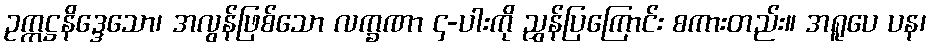
ဥက္ကဋ္ဌနိဒ္ဒေသော၊ အလွန်ဖြစ်သော လက္ခဏာ ၄-ပါးကို ညွှန်ပြကြောင်း စကားတည်း။ အရူပေ ပန၊